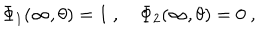
LaTeX: \Phi _ { 1 } ( \infty , \theta ) = 1 \ , \Phi _ { 2 } ( \infty , \theta ) = 0 \ ,